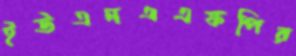
ইউএনএএফপির